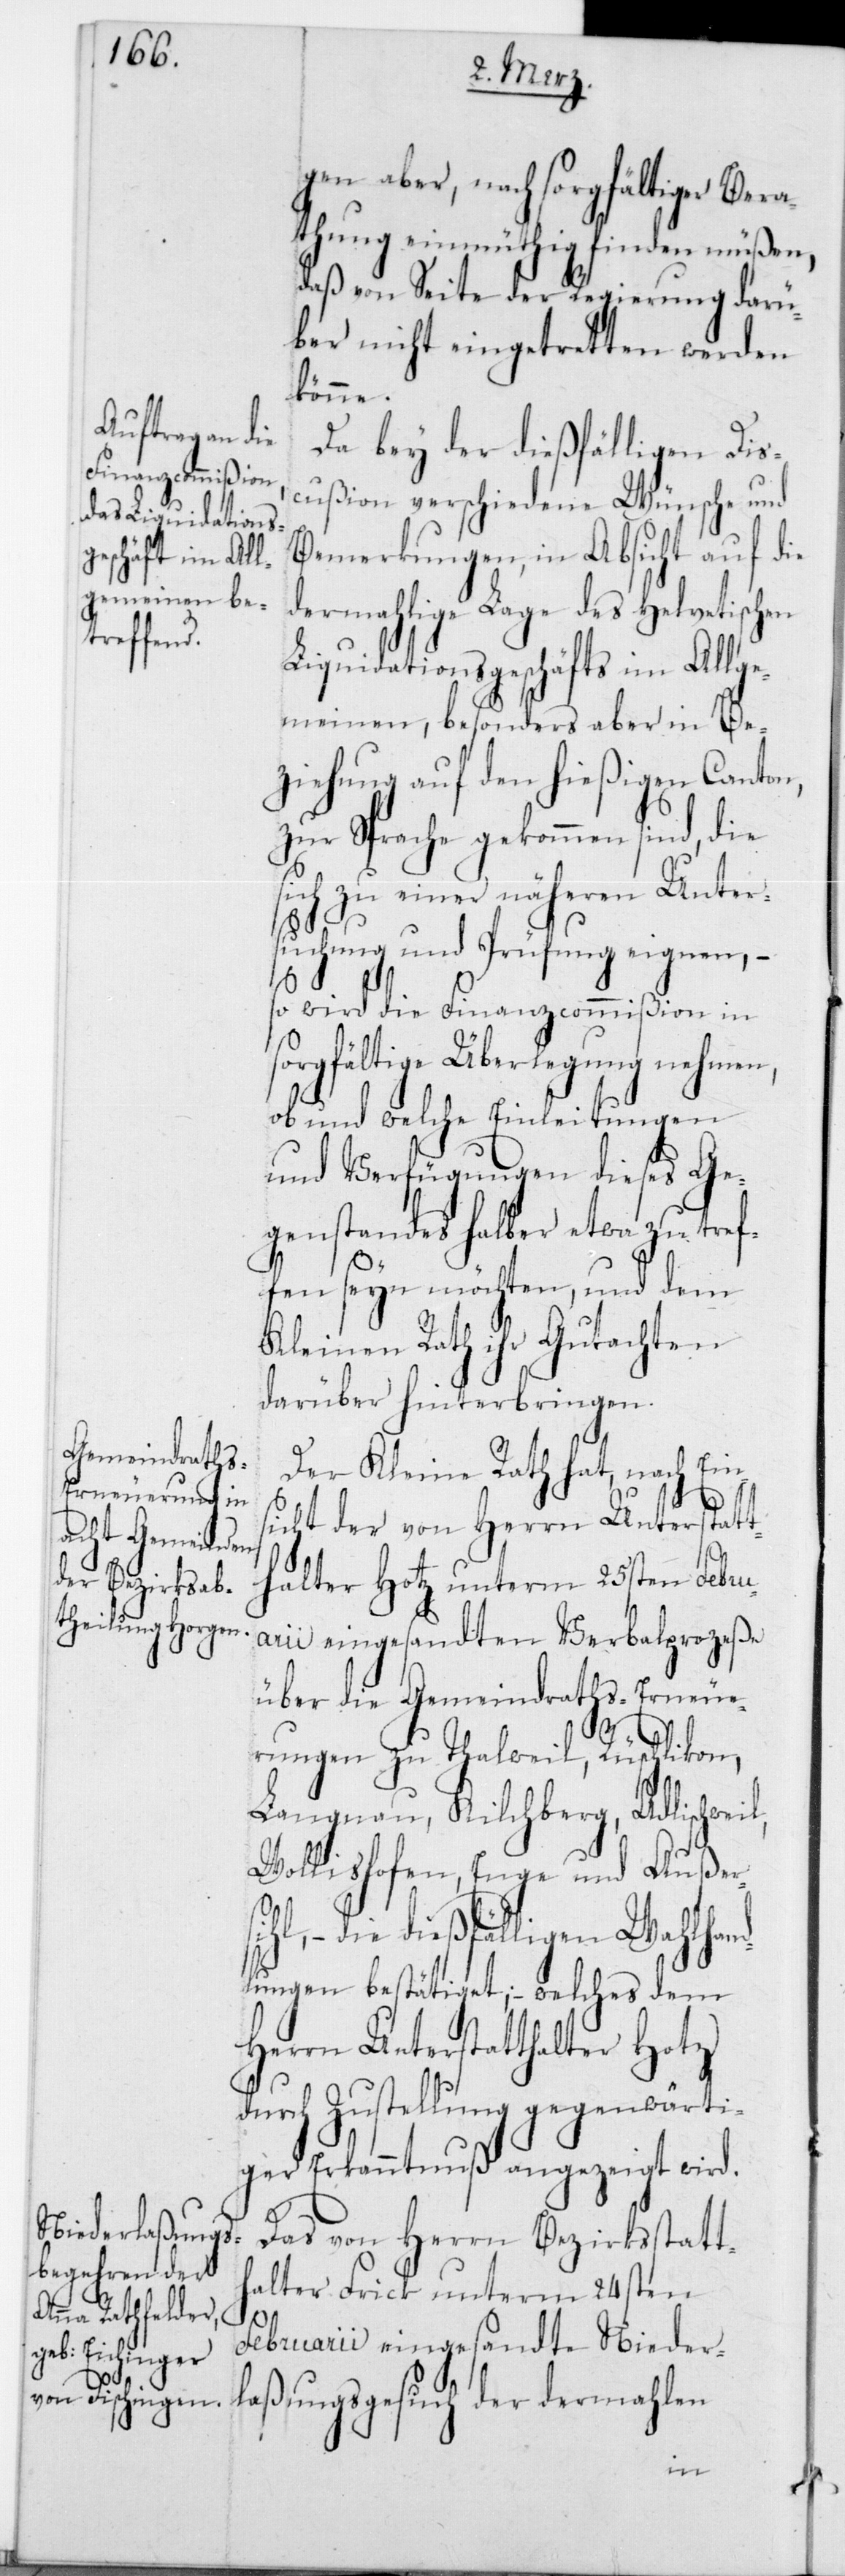
gen aber, nach sorgfältiger Bera¬
thung einmüthig finden müßen,
daß von Seite der Regierung darü¬
ber nicht eingetretten werden
könne.
Da bei der dießfälligen Dis¬
cußion verschiedene Wünsche und
Bemerkungen, in Absicht auf die
dermahlige Lage des Helvetischen
Liquidationsgeschäfts im Allge¬
meinen, besonders aber in Be¬
ziehung auf den hießigen Canton,
zur Sprache gekommen sind, die
sich zu einer näheren Unter¬
suchung und Prüfung eignen, –
so wird die Finanzcommißion in
sorgfältige Überlegung nehmen,
ob und welche Einleitungen
und Verfügungen dieses Ge¬
genstandes halber etwa zu tref¬
fen sein möchten, und dem
Kleinen Rath ihr Gutachten
darüber hinterbringen.
Der Kleine Rath hat, nach Eins¬
icht der von Herrn Unterstatt¬
halter Hotz unterm 25sten Febru¬
arii eingesandten Verbalprozeße
über die Gemeindraths-Erneue¬
rungen zu Thalweil, Rüschlikon,
Langnau, Kilchberg, Adlischweil,
Wollishofen, Enge und Außer¬
hl, – die dießfälligen Wahlhan¬
dlungen bestätiget; – welches dem
Herrn Unterstatthalter Hotz
durch Zustellung gegenwärti¬
ger Erkanntnuß angezeigt wird.
Das von Herrn Bezirksstatt¬
halter Frick unterm 24sten
Februarii eingesandte Nieder¬
laßungsgesuch der dermahlen
si¬